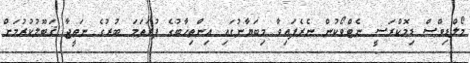
މޯލްޑިވްސް ޑިމޮކްރަސީ ނެޓްވޯކުން ނެރެފައިވާ މިބަޔާނުގައި އިންތިޚާބުގެ ފުރަތަމަ ބުރުގެ ނަތީޖާ ޤަބޫލުކުރުމަށް